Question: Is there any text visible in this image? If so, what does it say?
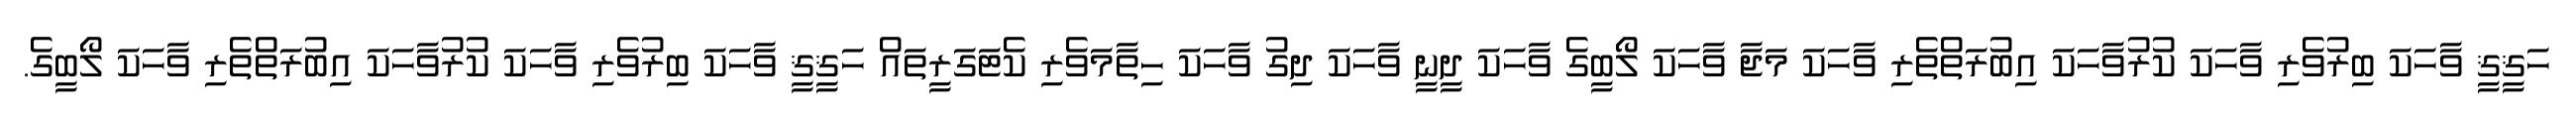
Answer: ހަޤީޤީ ވާހަކަ ބިރުވެރި ވާހަކަ ކުރުވާހަކަ އިބުރަތްތެރި ވާހަކަ މަޖާ ވާހަކަ ލޯބީގެ ވާހަކަ ދީނީ ވާހަކަ ދިގު ވާހަކަ ހިތާމަވެރި ކެޓަގަރީތައް ހަޤީޤީ ވާހަކަ ބިރުވެރި ވާހަކަ ކުރުވާހަކަ އިބުރަތްތެރި ވާހަކަ ލޯބީގެ.